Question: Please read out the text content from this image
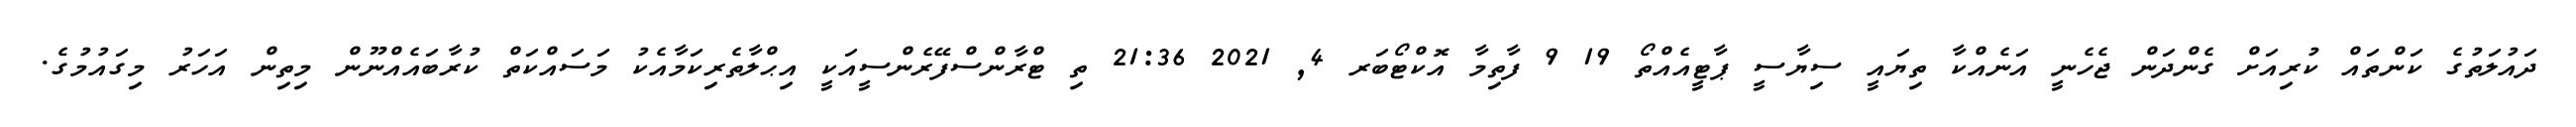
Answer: ދައުލަތުގެ ކަންތައް ކުރިއަށް ގެންދަން ޖެހެނީ އަނެއްކާ ތިޔައީ ސިޔާސީ ޕާޓީއެއްތޯ 19 9 ފާތިމާ އޮކްޓޯބަރ 4, 2021 21:36 ތި ޓްރާންސްފޭރެންސީއަކީ އިޙްލާތެރިކަމާއެކު މަސައްކަތް ކުރާބައެއްނޫން މިތިން އަހަރު މިގައުމުގެ.